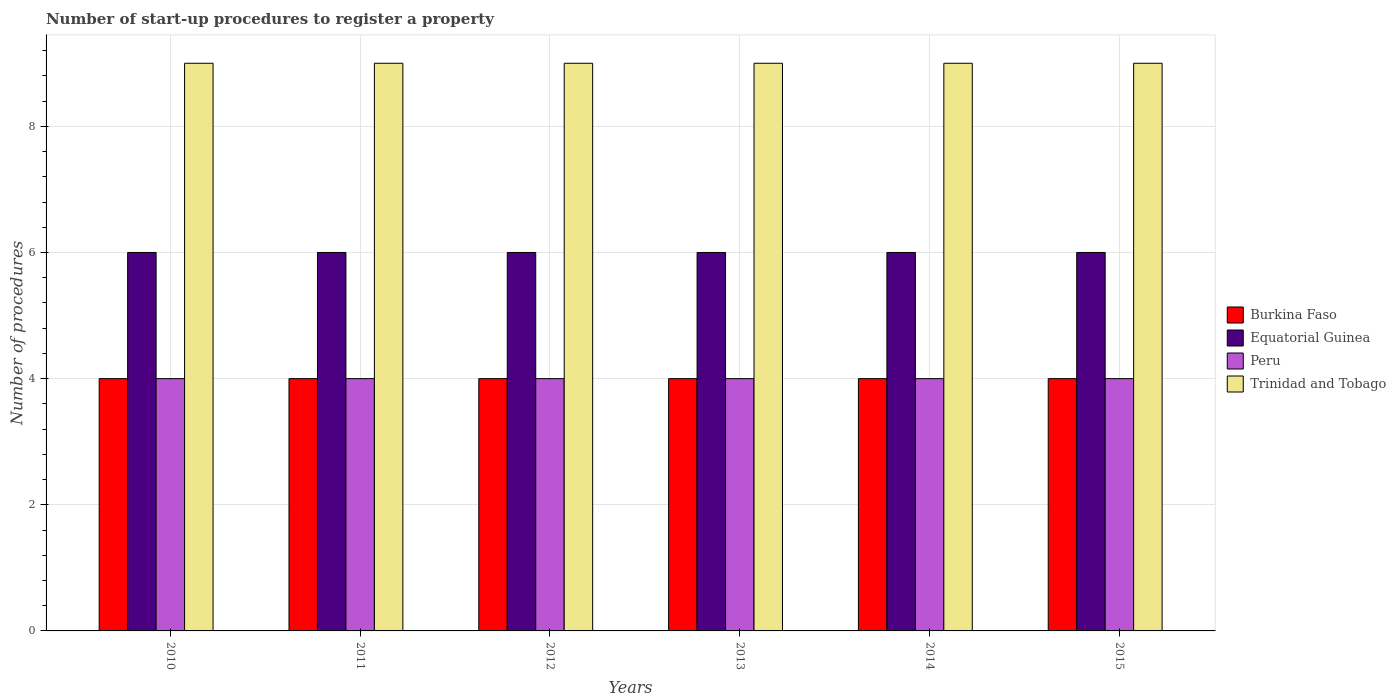
| Years | Burkina Faso | Equatorial Guinea | Peru | Trinidad and Tobago |
 | --- | --- | --- | --- | --- |
 | 2010 | 4 | 6 | 4 | 9 |
 | 2011 | 4 | 6 | 4 | 9 |
 | 2012 | 4 | 6 | 4 | 9 |
 | 2013 | 4 | 6 | 4 | 9 |
 | 2014 | 4 | 6 | 4 | 9 |
 | 2015 | 4 | 6 | 4 | 9 |